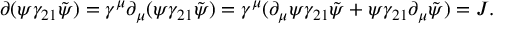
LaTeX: \partial ( \psi \gamma _ { 2 1 } \tilde { \psi } ) = \gamma ^ { \mu } \partial _ { \mu } ( \psi \gamma _ { 2 1 } \tilde { \psi } ) = \gamma ^ { \mu } ( \partial _ { \mu } \psi \gamma _ { 2 1 } \tilde { \psi } + \psi \gamma _ { 2 1 } \partial _ { \mu } \tilde { \psi } ) = { \cal J } .